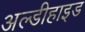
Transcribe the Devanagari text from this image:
अल्डीहाइड